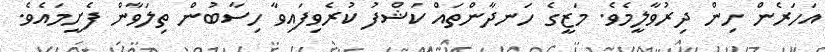
އަހަރެން ހިން ދިރުވާލީމެވެ. މަޒީގެ ހަނދާންތައް ކަޝްފު ކުރެވިފައިވާ ހިސާބުން ތިލަވާން ފެށީމައެވެ.